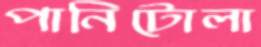
পানিটোলা